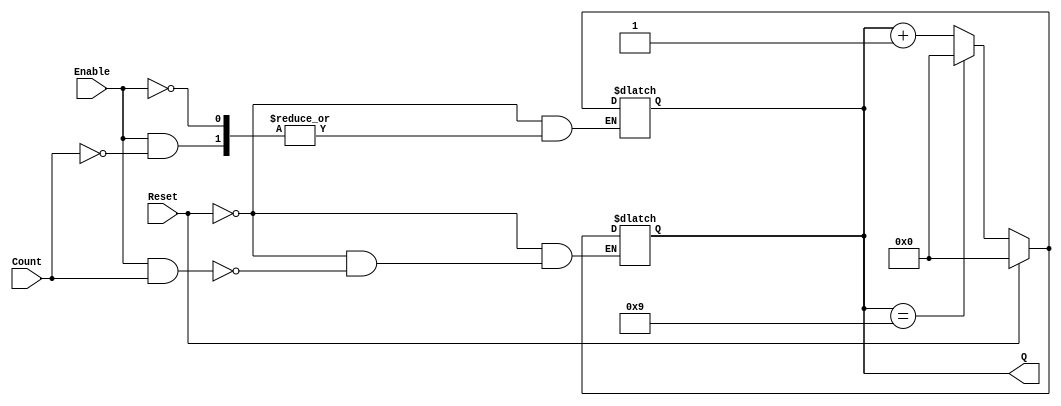
module decade_async_counter (
    input wire Reset,      // Asynchronous reset signal (active high)
    input wire Enable,     // Enable signal for counting
    input wire Count,      // External input signal to trigger counting
    output reg [3:0] Q     // 4-bit output representing the current count
);

    // Asynchronous reset and counting logic
    always @(*) begin
        if (Reset) begin
            Q = 4'b0000; // Reset to 0
        end else if (Enable && Count) begin
            if (Q == 4'b1001) begin
                Q = 4'b0000; // Reset back to 0 after reaching 9
            end else begin
                Q = Q + 1; // Increment the count
            end
        end else begin
            Q = Q; // Maintain the current state
        end
    end

    // Asynchronous behavior with edge detection
    always @(Count or Reset) begin
        if (Reset) begin
            Q <= 4'b0000; // Asynchronously clear the counter
        end else if (Enable) begin
            // Trigger counting on rising edge of Count signal
            if (Count) begin
                if (Q == 4'b1001) begin
                    Q <= 4'b0000; // Reset to 0 after reaching 9
                end else begin
                    Q <= Q + 1; // Increment the counter
                end
            end
        end
    end

endmodule